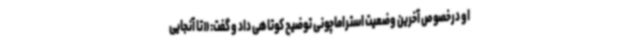
او درخصوص آخرین وضعیت استراماچونی توضیح کوتاهی داد و گفت: «تا آنجایی